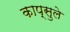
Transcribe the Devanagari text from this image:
काप्सुले